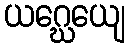
ယဂ္ဃေယျေ